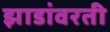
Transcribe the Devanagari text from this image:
झाडांवरती